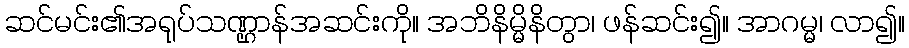
ဆင်မင်း၏အရုပ်သဏ္ဌာန်အဆင်းကို။ အဘိနိမ္မိနိတွာ၊ ဖန်ဆင်း၍။ အာဂမ္မ၊ လာ၍။